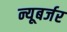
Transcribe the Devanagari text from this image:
न्यूबर्जर